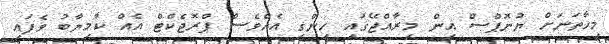
މިހާތަނަށް ޔުނޮޕްސް އިން މިރާއްޖޭގައި ހިންގި އެއްވެސް ޕްރޮޖެކްޓް އެއް ކާމިޔާބު ވެފައި